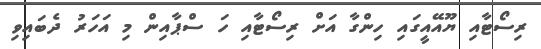
ރިސޯޓާއި ޔޫއޭއީގައި ހިންގާ އަށް ރިސޯޓާއި ހަ ސްޕާއިން މި އަހަރު ދެބައިވި